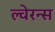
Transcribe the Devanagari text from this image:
ल्वेरन्स